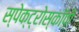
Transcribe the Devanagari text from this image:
स्पेक्ट्रोस्कॉपी